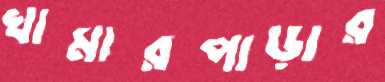
খামারপাড়ার